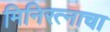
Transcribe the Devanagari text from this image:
मिनिरत्नाचा